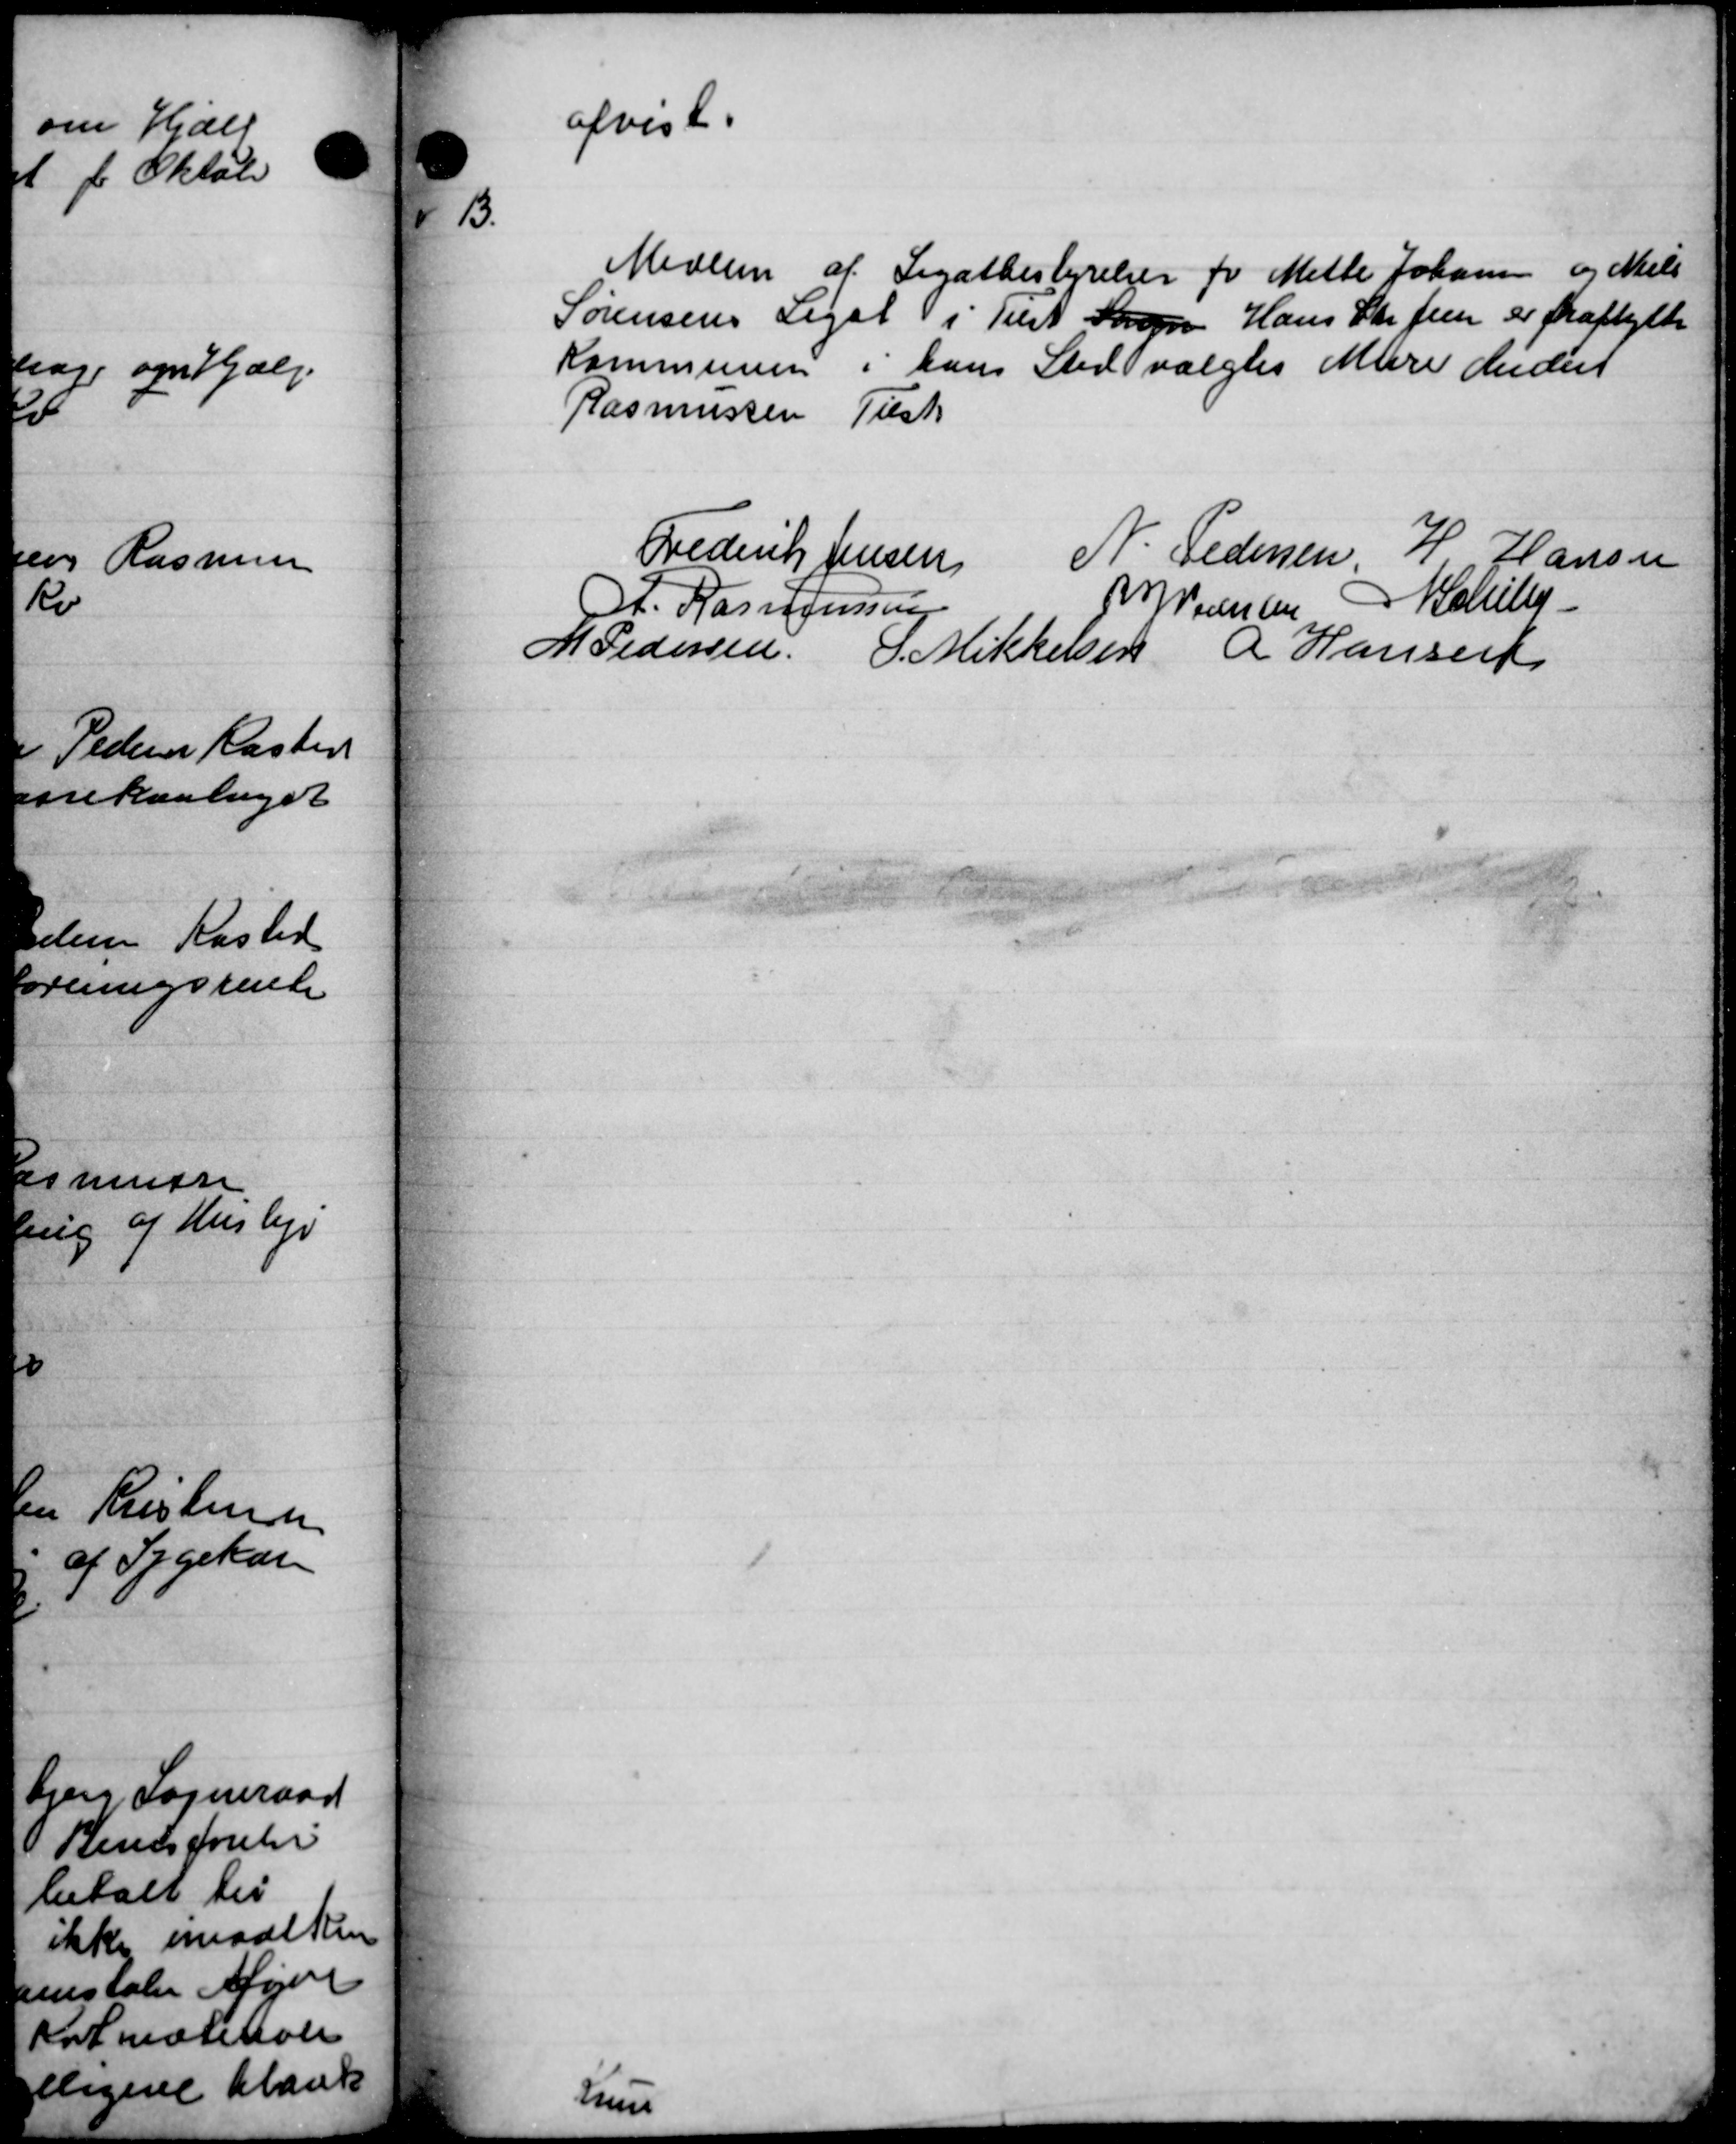
Transskription:
afvist.

Medlem af Legatbestyrelser for Mette Johanne og Niels
Sørensens Legat i Tilst Sagen Hans Skr frem er fraflytte
Kommunen i hans Sted valgtes Mare Medelt
Rasmussen Tilsk
Frederik Jensen
N. Pedersen
H Hansen
H. Rass Jensen
P Pedersen Schil
M Pedersen O. Mikkelsen R Hansen